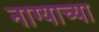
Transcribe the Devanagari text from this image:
नाग्याच्या